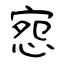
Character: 惌